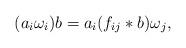
LaTeX: \begin{align*}(a_i\omega_i)b=a_i(f_{ij}\ast b)\omega_j,\end{align*}